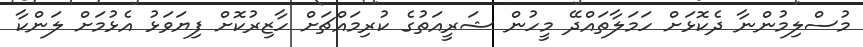
މުސްލިމުންނާ ދެކޮޅަށް ހަމަލާތައްދޭ މީހުން ޝަރީއަތުގެ ކުރިމައްޗަށް ހާޒިރުކޮށް ފިޔަވަޅު އެޅުމަށް ލަންކާ